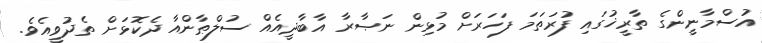
އުސްމާނީންގެ ތާރީޚުގައި ފުރަތަމަ ފަހަރަށް މުޅިން ނަޞާރާ އާބާދީއެއް ސުލްޠާންއާ ދެކޮޅަށް ތެދުވީއެވެ.